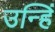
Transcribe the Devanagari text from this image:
उन्हिं